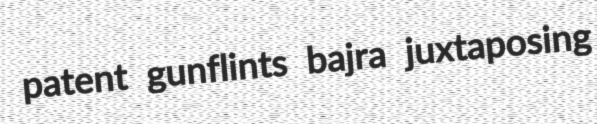
patent gunflints bajra juxtaposing